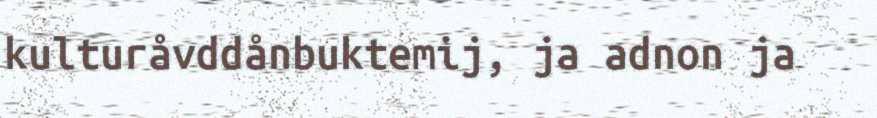
kulturåvddånbuktemij, ja adnon ja